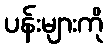
ပန်းများကို